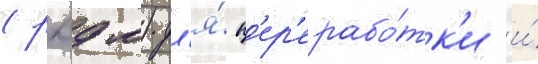
(рхдм) дл'я́ п'ер'ерабо́тк'и и́